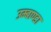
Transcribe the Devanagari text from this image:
उम्बाण्डा